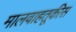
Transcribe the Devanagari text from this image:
मालवाहतूकीस